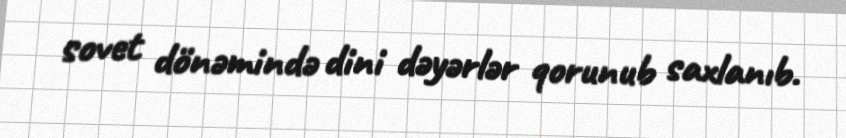
sovet dönəmində dini dəyərlər qorunub saxlanıb.